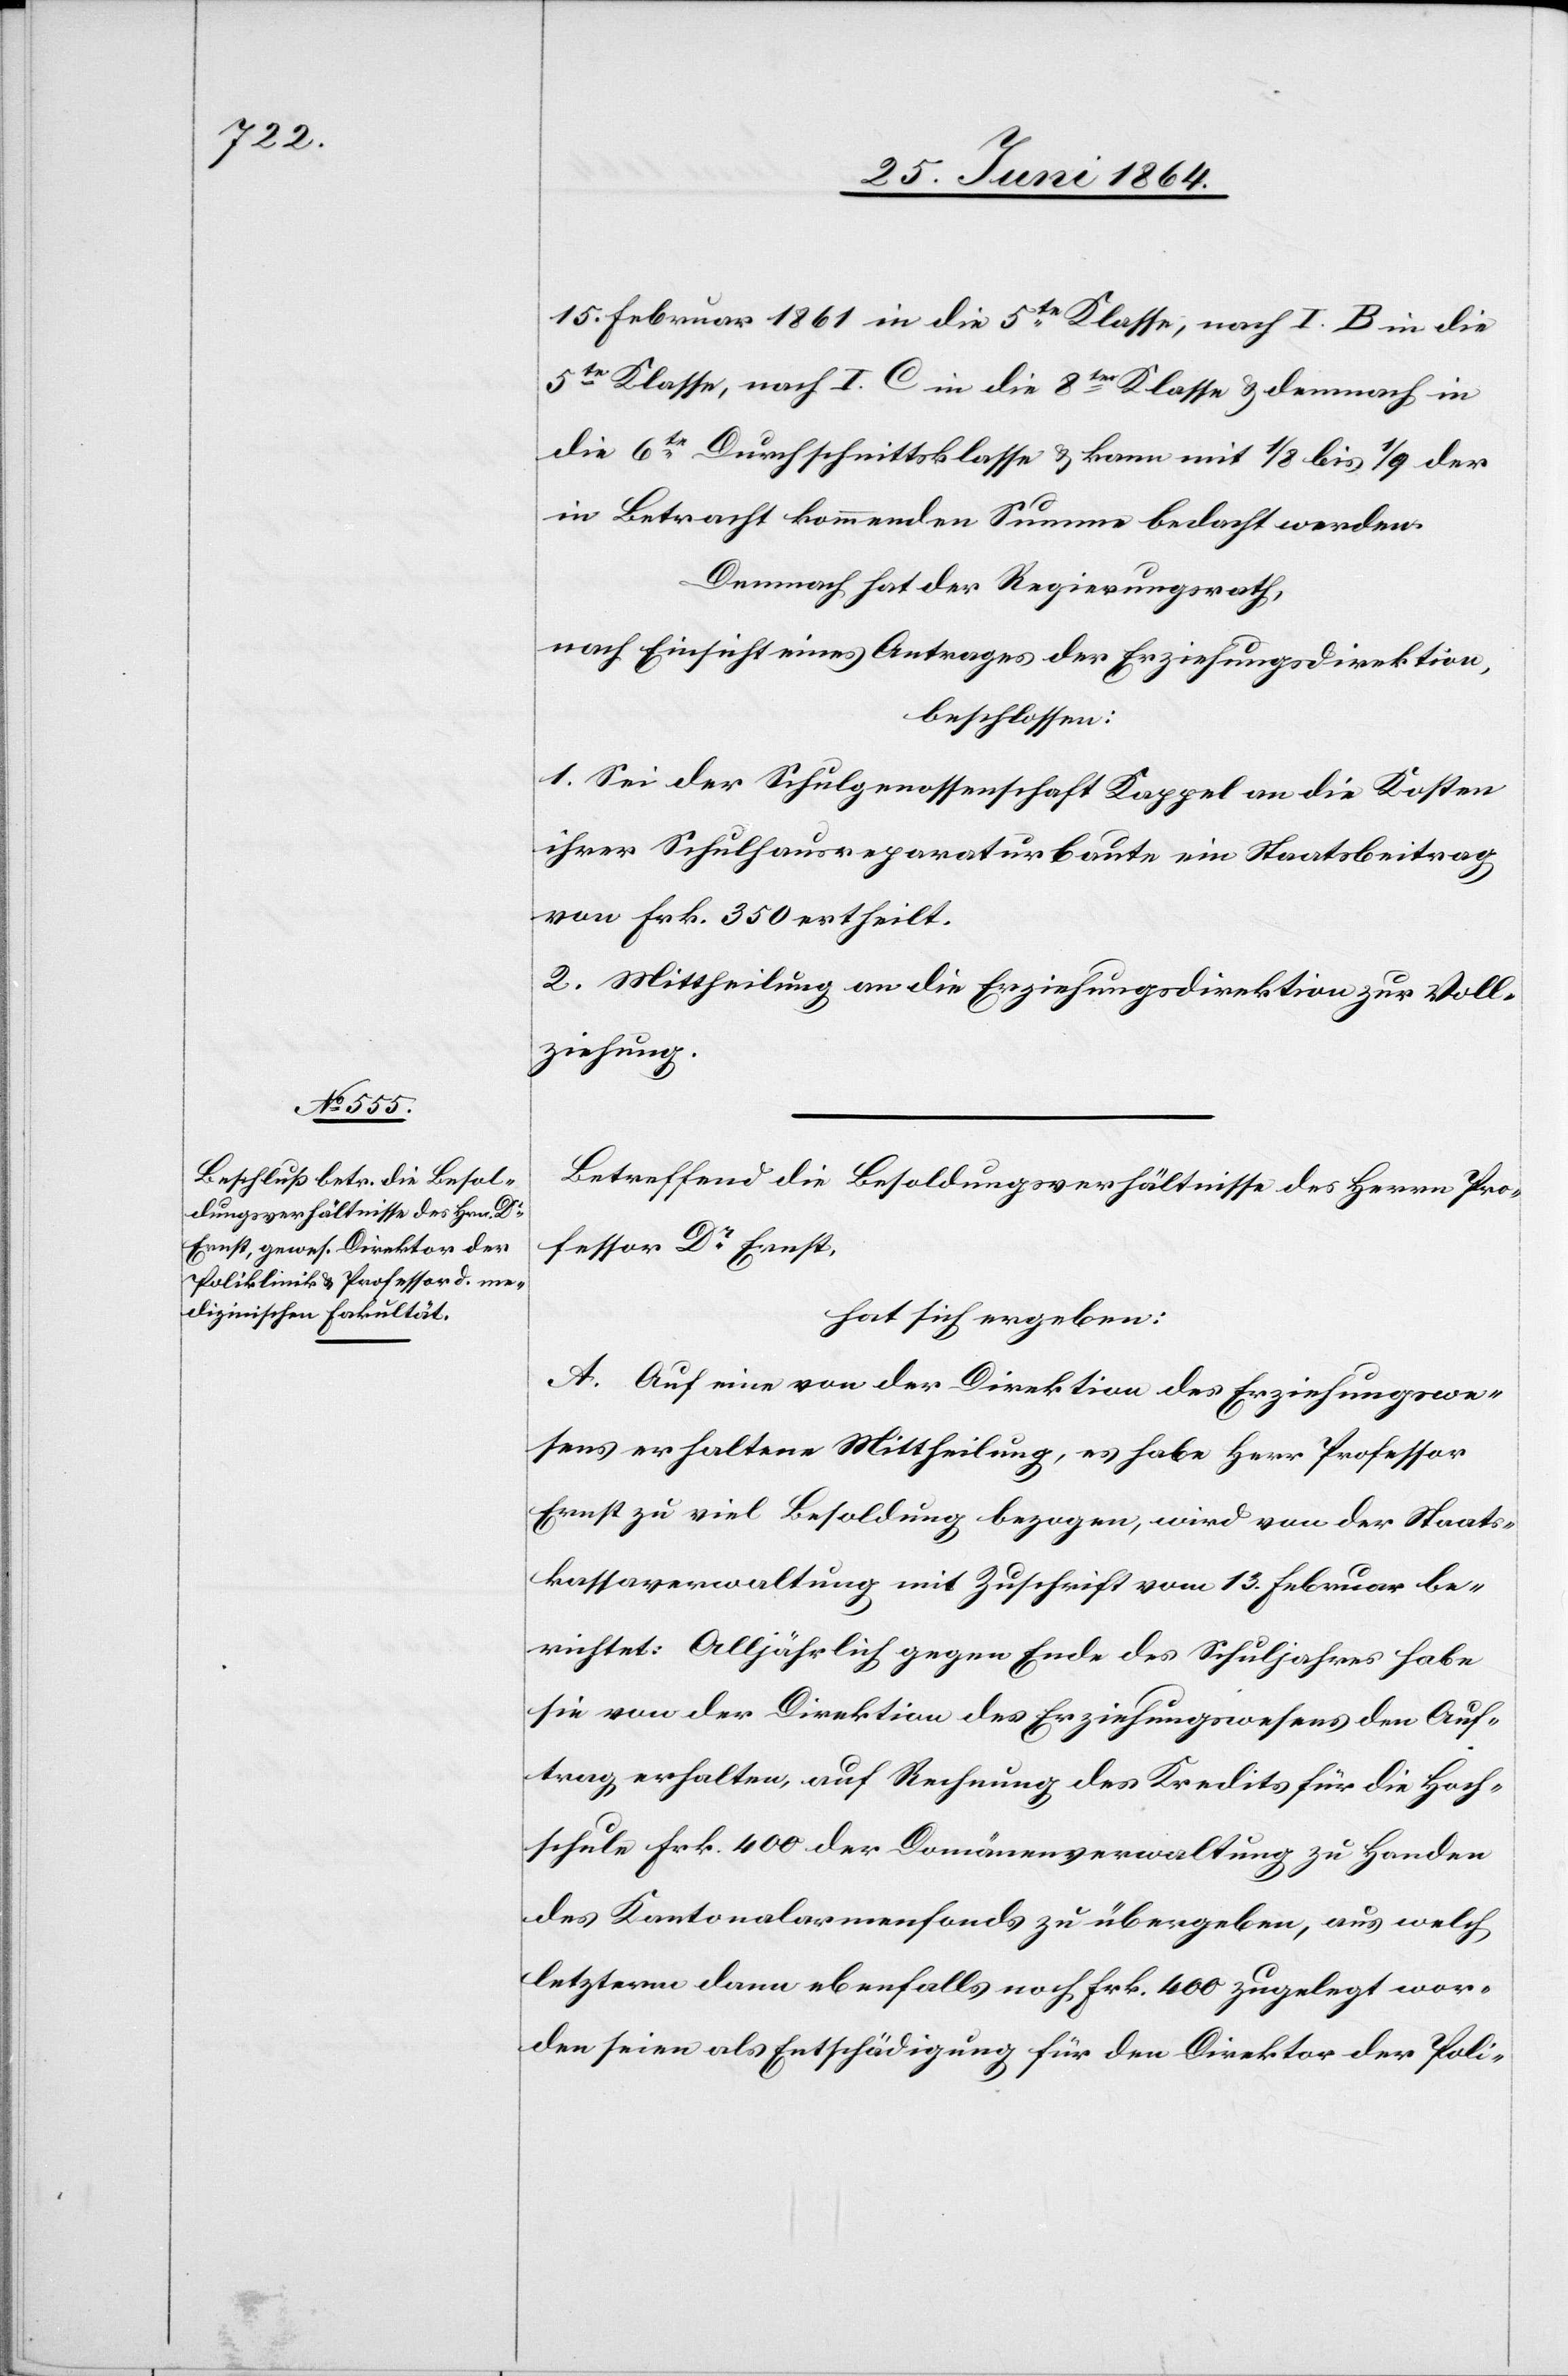
15. Februar 1861 in die 5te Klasse, nach I. B. in die
5te Klasse, nach I. C. in die 8te Klasse u. demnach in
die 6te Durchschnittsklasse u. kann mit 1/8 bis 1/9 der
in Betracht kommenden Summe bedacht werden.
Demnach hat der Regierungsrath,
nach Einsicht eines Antrages der Erziehungsdirektion,
beschlossen:
1. Sei der Schulgenossenschaft Kappel an die Kosten
ihrer Schulhausreparaturbaute ein Staatsbeitrag
von Frk. 350 ertheilt.
2. Mittheilung an die Erziehungsdirektion zur Voll¬
ziehung.
Betreffend die Besoldungsverhältnisse des Herrn Pro¬
fessor Dr Ernst,
hat sich ergeben:
A. Auf ein von der Direktion des Erziehungswe¬
sens erhaltene Mittheilung, es habe Herr Professor
Ernst zu viel Besoldung bezogen, wird von der Staats¬
kassaverwaltung mit Zuschrift vom 13. Februar be¬
richtet: Alljährlich gegen Ende des Schuljahres habe
sie von der Direktion des Erziehungswesens den Auf¬
trag erhalten, auf Rechnung des Kredits für die Hoch¬
schule Frk. 400 der Domänenverwaltung zu Handen
des Kantonalarmenfonds zu übergeben, aus welch
letzterm dann ebenfalls noch Frk. 400 zugelegt wor¬
den seien als Entschädigung für den Direktor der Poli-